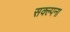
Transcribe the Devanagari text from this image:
सक्ल्पना